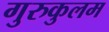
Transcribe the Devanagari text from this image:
गुरुकुलम